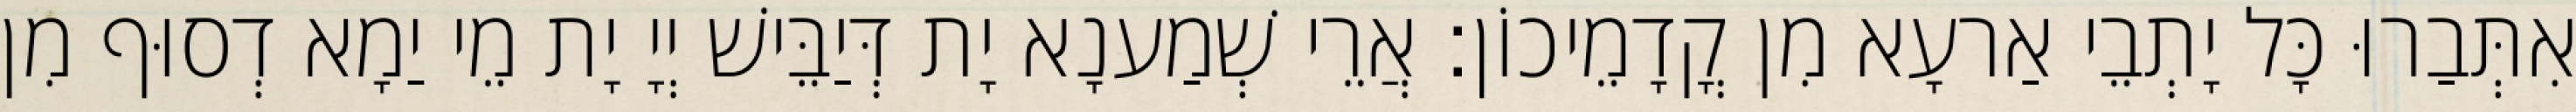
אִתְּבַרוּ כָּל יָתְבֵי אַרעָא מִן קֳדָמֵיכוֹן׃ אֲרֵי שְׁמַענָא יָת דְּיַבֵּישׁ יְיָ יָת מֵי יַמָא דְסוּף מִן